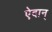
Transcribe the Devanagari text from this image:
ऐदान्